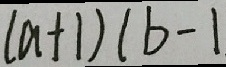
( a + 1 ) ( b - 1